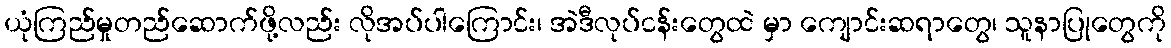
ယုံကြည်မှုတည်ဆောက်ဖို့လည်း လိုအပ်ပါကြောင်း၊ အဲဒီလုပ်ငန်းတွေထဲ မှာ ကျောင်းဆရာတွေ၊ သူနာပြုတွေကို